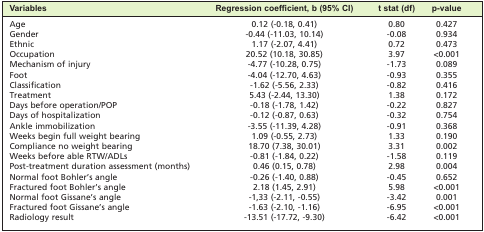
| Variables | Regression coefficient, b (95% CI) | t stat (df) | p-value |
 | --- | --- | --- | --- |
 | Age | 0.12 (-0.18, 0.41) | 0.80 | 0.427 |
 | Gender | -0.44 (-11.03, 10.14) | -0.08 | 0.934 |
 | Ethnic | 1.17 (-2.07, 4.41) | 0.72 | 0.473 |
 | Occupation | 20.52 (10.18, 30.85) | 3.97 | <0.001 |
 | Mechanism of injury | -4.77 (-10.28, 0.75) | -1.73 | 0.089 |
 | Foot | -4.04 (-12.70, 4.63) | -0.93 | 0.355 |
 | Classification | -1.62 (-5.56, 2.33) | -0.82 | 0.416 |
 | Treatment | 5.43 (-2.44, 13.30) | 1.38 | 0.172 |
 | Days before operation/POP | -0.18 (-1.78, 1.42) | -0.22 | 0.827 |
 | Days of hospitalization | -0.12 (-0.87, 0.63) | -0.32 | 0.754 |
 | Ankle immobilization | -3.55 (-11.39, 4.28) | -0.91 | 0.368 |
 | Weeks begin full weight bearing | 1.09 (-0.55, 2.73) | 1.33 | 0.190 |
 | Compliance no weight bearing | 18.70 (7.38, 30.01) | 3.31 | 0.002 |
 | Weeks before able RTW/ADLs | -0.81 (-1.84, 0.22) | -1.58 | 0.119 |
 | Post-treatment duration assessment (months) | 0.46 (0.15, 0.78) | 2.98 | 0.004 |
 | Normal foot Bohler’s angle | -0.26 (-1.40, 0.88) | -0.45 | 0.652 |
 | Fractured foot Bohler’s angle | 2.18 (1.45, 2.91) | 5.98 | <0.001 |
 | Normal foot Gissane’s angle | -1,33 (-2.11, -0.55) | -3.42 | 0.001 |
 | Fractured foot Gissane’s angle | -1.63 (-2.10, -1.16) | -6.95 | <0.001 |
 | Radiology result | -13.51 (-17.72, -9.30) | -6.42 | <0.001 |